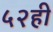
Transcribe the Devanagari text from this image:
५२ही